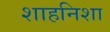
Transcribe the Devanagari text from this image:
शाहनिशा